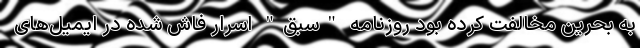
به بحرین مخالفت کرده بود روزنامه "سبق" اسرار فاش شده در ایمیل‌های